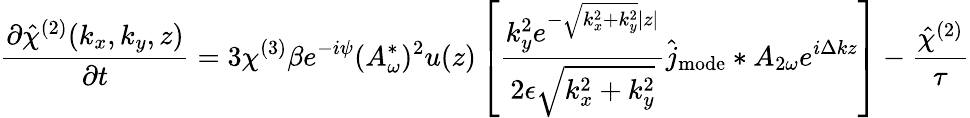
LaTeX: \frac{\partial\hat{{\chi}}^{(2)}(k_{x},k_{y},z)}{\partial t}=3\chi^{(3)}\beta e^{-i\psi}(A_{\omega}^{*})^{2}u(z)\left[\frac{k_{y}^{2}e^{-\sqrt{k_{x}^{2}+k_{y}^{2}}|z|}}{2\epsilon\sqrt{k_{x}^{2}+k_{y}^{2}}}\hat{j}_{\mathrm{mode}}\ast A_{2\omega}e^{i\Delta kz}\right]-\frac{\hat{{\chi}}^{(2)}}{\tau}